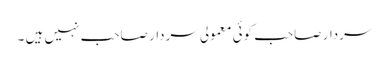
سردار صاحب کوئی معمولی سردار صاحب نہیں ہیں ۔